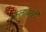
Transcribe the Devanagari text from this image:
कलावंतही